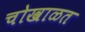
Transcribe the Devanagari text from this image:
चोखाळत